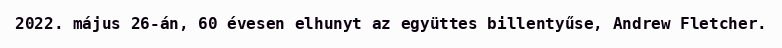
2022. május 26-án, 60 évesen elhunyt az együttes billentyűse, Andrew Fletcher.